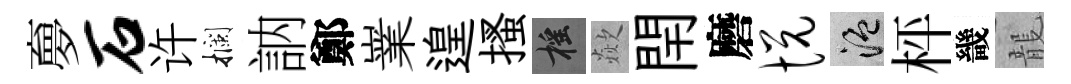
夣石许攔訥鄭嶪遑搔摇歘閈磨悦温枰畿龍